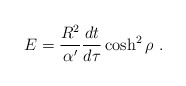
\begin{align*}E = {R^2\over \alpha'} {dt\over d\tau}\cosh^2 \rho\ .\end{align*}